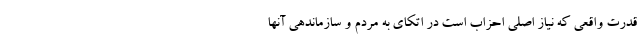
قدرت واقعی که نیاز اصلی احزاب است در اتکای به مردم و سازماندهی آنها